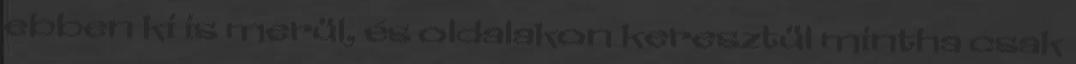
ebben ki is merül, és oldalakon keresztül mintha csak